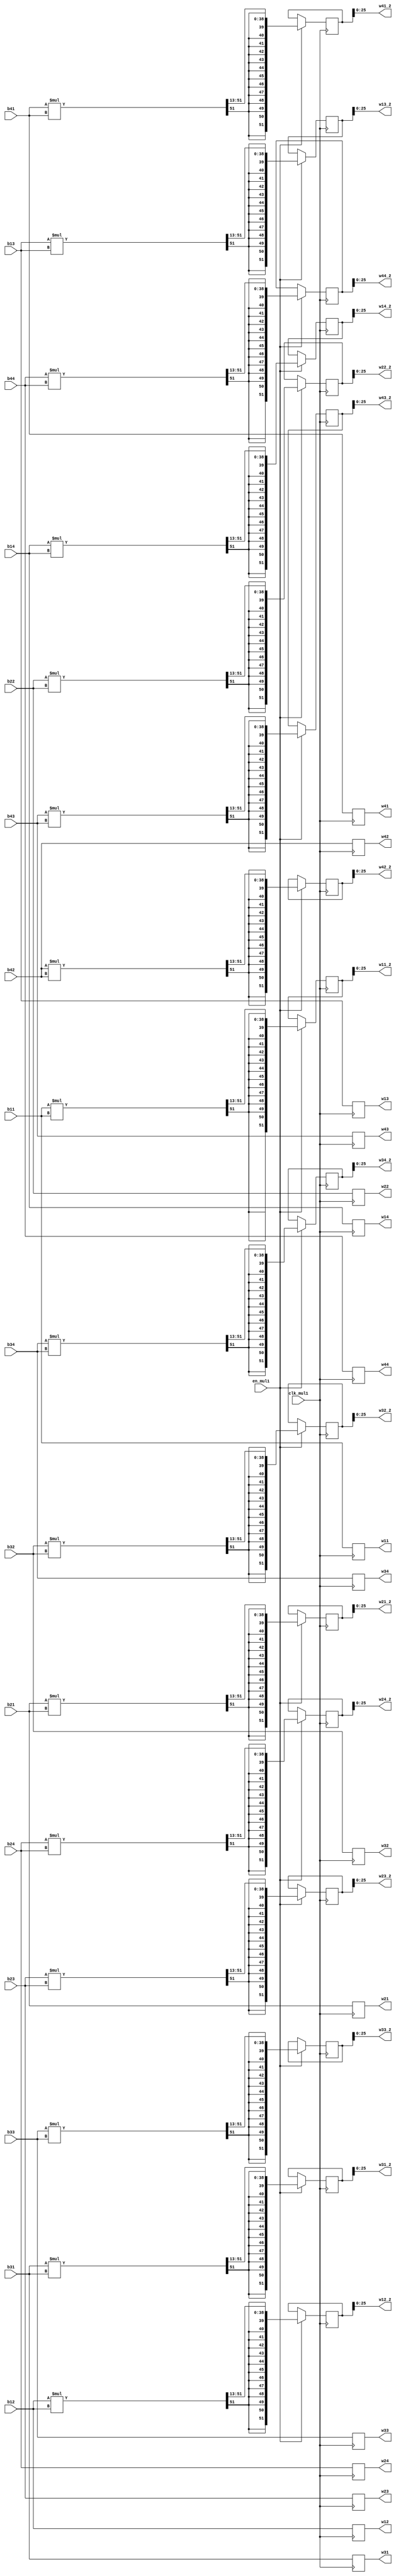
module SYMM_MUL1 (
    input clk_mul1,
    input en_mul1,

    input signed [25:0] b11, b12, b13, b14,
    input signed [25:0] b21, b22, b23, b24,
    input signed [25:0] b31, b32, b33, b34,
    input signed [25:0] b41, b42, b43, b44,

    output reg signed [25:0] w11, w12, w13, w14,
    output reg signed [25:0] w21, w22, w23, w24,
    output reg signed [25:0] w31, w32, w33, w34,
    output reg signed [25:0] w41, w42, w43, w44,

    output signed [25:0] w11_2, w12_2, w13_2, w14_2,
    output signed [25:0] w21_2, w22_2, w23_2, w24_2,
    output signed [25:0] w31_2, w32_2, w33_2, w34_2,
    output signed [25:0] w41_2, w42_2, w43_2, w44_2
);

reg [51:0] dot11, dot12, dot13, dot14,
           dot21, dot22, dot23, dot24,
           dot31, dot32, dot33, dot34,
           dot41, dot42, dot43, dot44;

assign w11_2 = dot11[25:0];
assign w12_2 = dot12[25:0];
assign w13_2 = dot13[25:0];
assign w14_2 = dot14[25:0];
assign w21_2 = dot21[25:0];
assign w22_2 = dot22[25:0];
assign w23_2 = dot23[25:0];
assign w24_2 = dot24[25:0];
assign w31_2 = dot31[25:0];
assign w32_2 = dot32[25:0];
assign w33_2 = dot33[25:0];
assign w34_2 = dot34[25:0];
assign w41_2 = dot41[25:0];
assign w42_2 = dot42[25:0];
assign w43_2 = dot43[25:0];
assign w44_2 = dot44[25:0];

always @(posedge clk_mul1) begin
    if (en_mul1) begin
        w11 <= b11; w12 <= b12; w13 <= b13; w14 <= b14;
        w21 <= b21; w22 <= b22; w23 <= b23; w24 <= b24;
        w31 <= b31; w32 <= b32; w33 <= b33; w34 <= b34;
        w41 <= b41; w42 <= b42; w43 <= b43; w44 <= b44;

        dot11 <= (b11 * b11) >>> 13; dot12 <= (b12 * b12) >>> 13; dot13 <= (b13 * b13) >>> 13; dot14 <= (b14 * b14) >>> 13;
        dot21 <= (b21 * b21) >>> 13; dot22 <= (b22 * b22) >>> 13; dot23 <= (b23 * b23) >>> 13; dot24 <= (b24 * b24) >>> 13;
        dot31 <= (b31 * b31) >>> 13; dot32 <= (b32 * b32) >>> 13; dot33 <= (b33 * b33) >>> 13; dot34 <= (b34 * b34) >>> 13;
        dot41 <= (b41 * b41) >>> 13; dot42 <= (b42 * b42) >>> 13; dot43 <= (b43 * b43) >>> 13; dot44 <= (b44 * b44) >>> 13;
    end else begin
        w11 <= b11; w12 <= b12; w13 <= b13; w14 <= b14;
        w21 <= b21; w22 <= b22; w23 <= b23; w24 <= b24;
        w31 <= b31; w32 <= b32; w33 <= b33; w34 <= b34;
        w41 <= b41; w42 <= b42; w43 <= b43; w44 <= b44;
    end
end
    
endmodule